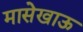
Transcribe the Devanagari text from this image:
मासेखाऊ